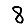
Digit: 8